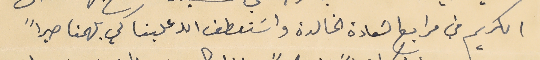
الكريم في مرابع السَعادة الخالدة واسَتعطف الله علينا كي يلهمنا صبراً